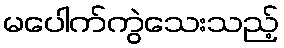
မပေါက်ကွဲသေးသည့်